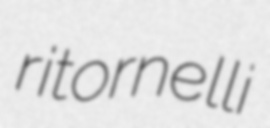
ritornelli